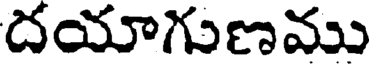
దయాగుణము